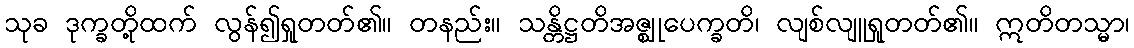
သုခ ဒုက္ခတို့ထက် လွန်၍ရှုတတ်၏။ တနည်း။ သန္တိဋ္ဌတိအဇ္ဈုပေက္ခတိ၊ လျစ်လျူရှုတတ်၏။ ဣတိတသ္မာ၊